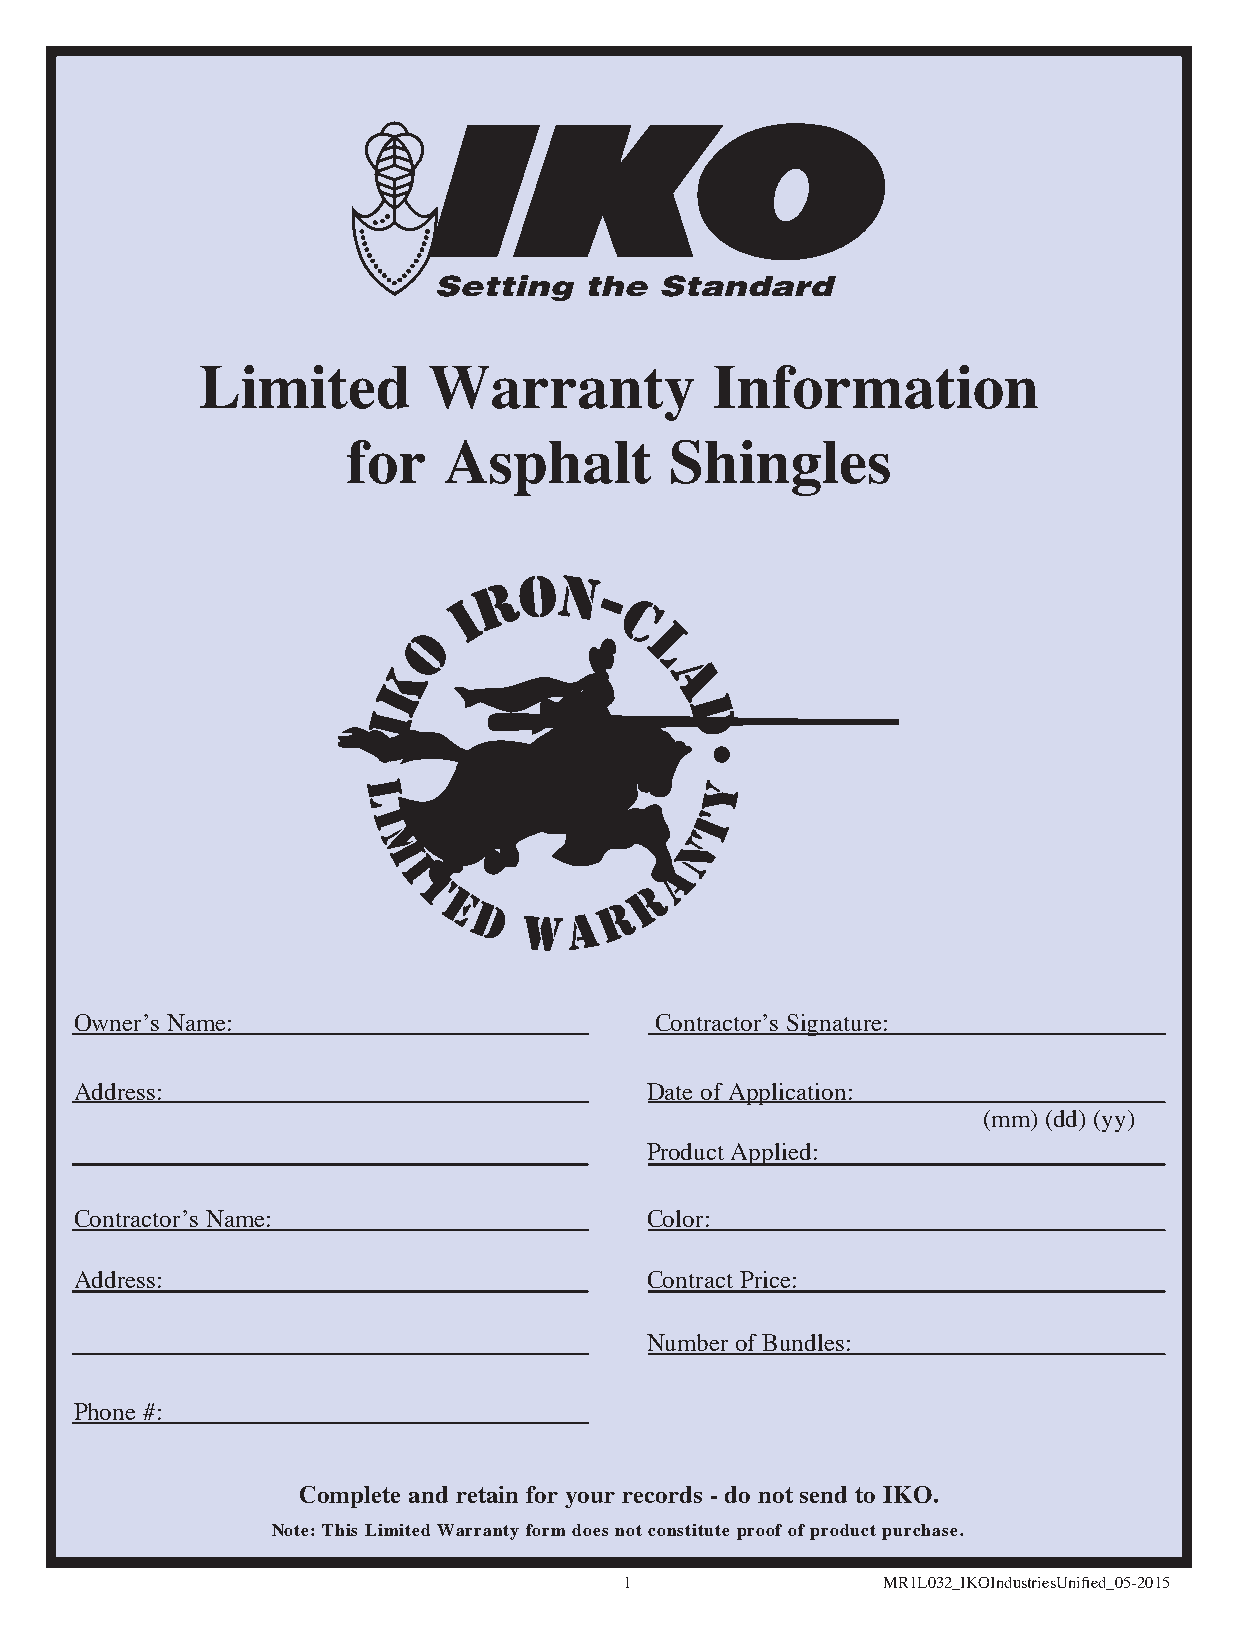
Limited        Warranty           Information
 for   Asphalt        Shingles
 Owner’s Name:                         Contractor’s Signature :
 Address:                              Date of Application:
 (mm) (dd) (yy)
 Product Applied:
 Contractor’s Name:                    Color:
 Address:                              Contract Price:
 Number of Bundles:
 Phone #:
 Complete and retain for your records - do not send to IKO.
 Note: This Limited Warranty form does not constitute proof of product purchase.
 1                MR1L032_IKOIndustriesUnified_05-2015